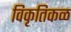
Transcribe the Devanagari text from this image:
विकृतिकळ